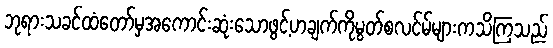
ဘုရားသခင်ထံတော်မှအကောင်းဆုံးသောဖွင့်ဟချက်ကိုမွတ်စလင်မ်များကသိကြသည်